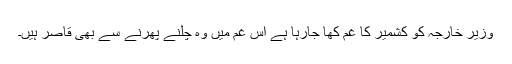
وزیر خارجہ کو کشمیر کا غم کھا جارہا ہے اس غم میں وہ چلنے پھرنے سے بھی قاصر ہیں۔